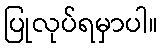
ပြုလုပ်ရမှာပါ။